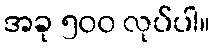
အခု ၅၀၀ လုပ်ပါ။